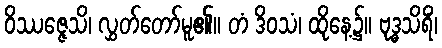
ဝိဿဇ္ဇေသိ၊ လွှတ်တော်မူ၏။ တံ ဒိဝသံ၊ ထိုနေ့၌။ ဗုဒ္ဓသိရိံ၊